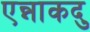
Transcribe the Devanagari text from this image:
एन्नाकदु